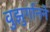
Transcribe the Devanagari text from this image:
वुझुर्गानने